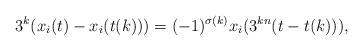
LaTeX: \begin{align*} {3^k}(x_i(t)-x_i(t(k)))=(-1)^{\sigma(k)}x_i(3^{kn}(t-t(k))),\end{align*}